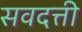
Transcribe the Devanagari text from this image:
सवदत्ती